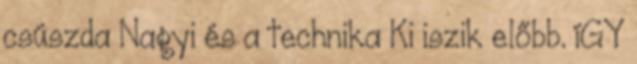
csúszda Nagyi és a technika Ki iszik előbb. íGY